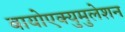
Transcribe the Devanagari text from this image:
बायोएक्युमुलेशन